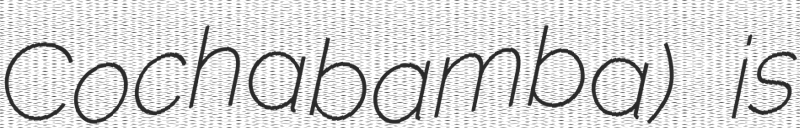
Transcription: Cochabamba) is